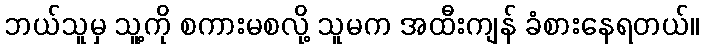
ဘယ်သူမှ သူ့ကို စကားမစလို့ သူမက အထီးကျန် ခံစားနေရတယ်။